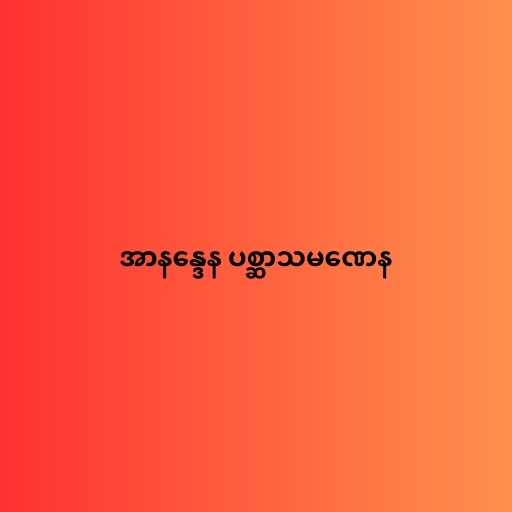
အာနန္ဒေန ပစ္ဆာသမဏေန